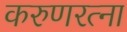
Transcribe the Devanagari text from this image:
करुणरत्ना